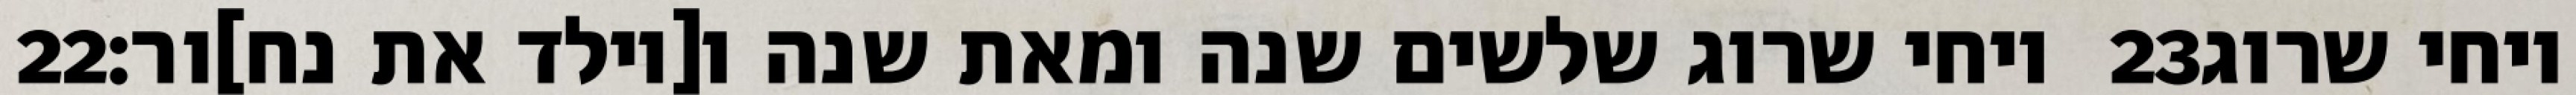
‎22‏ ויחי שרוג שלשים שנה ומאת שנה ו[יולד את נח]ור׃ ‎23‏ ויחי שרוג